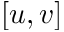
[ u , v ]